Madras plague regulations in force outside the Presidency town - Volume 3
Disease focus: Plague
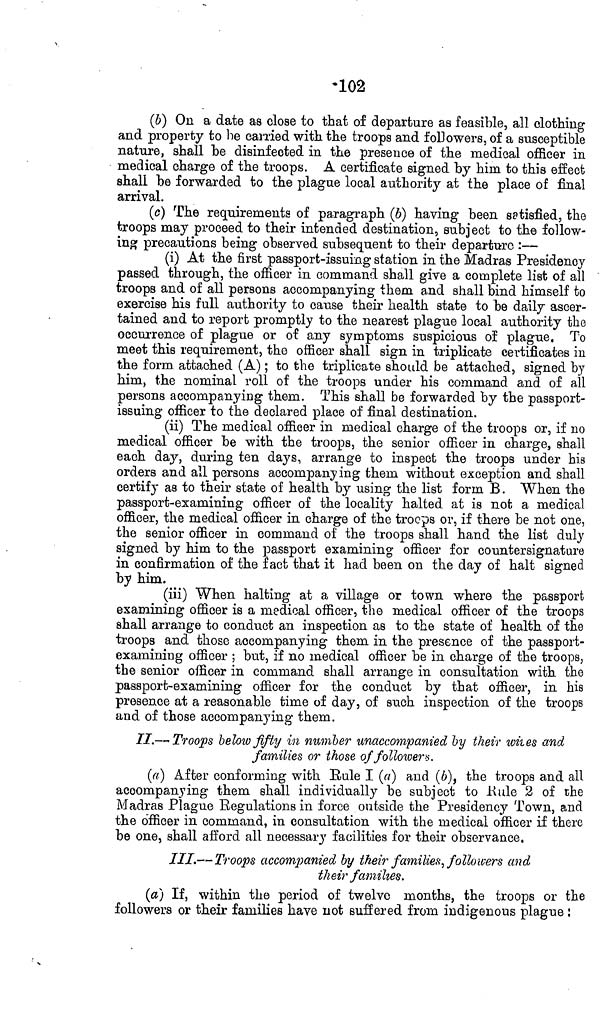
•102
(ö) On a date as close to that of departure as feasible, all clothing
and property to be carried with the troops and followers, of a susceptible
nature, shall be disinfected in the presence of the medical officer in
medical charge of the troops. A certificate signed by him to this effect
shall be forwarded to the plague local authority at the place of final
arrival.
(c) The requirements of paragraph (6) having been satisfied, the
troops may proceed to their intended destination, subject to the follow-
in» precautions being observed subsequent to their departure :—
(i) At the first passport-issuing station in the Madras Presidency
passed through, the officer in command shall give a complete list of all
troops and of all persons accompanying them and shall bind himself to
exercise his full authority to cause their health state to be daily ascer-
tained and to report promptly to the nearest plague local authority the
occurrence of plague or of any symptoms suspicious of plague. To
meet this requirement, the officer shall sign in triplicate certificates in
the form attached (A) ; to the triplicate should be attached, signed by
him, the nominal roll of the troops under his command and of all
persons accompanying them. This shall be forwarded by the passport-
issuing officer to the declared place of final destination.
(ii) The medical officer in medical charge of the troops or, if no
medical officer be with the troops, the senior officer in charge, shall
each day, during ten days, arrange to inspect the troops under his
orders and all persons accompanying them without exception and shall
certify as to their state of health by using the list form B. When the
passport-examining officer of the locality halted at is not a medical
officer, the medical officer in charge of the troops or, if there be not one,
the senior officer in command of the troops shall hand the list duly
signed by him to the passport examining officer for countersignature
in confirmation of the fact that it had been on the day of halt signed
by him.
(iii) When halting at a village or town where the passport
examining officer is a medical officer, the medical officer of the troops
shall arrange to conduct an inspection as to the state of health of the
troops and those accompanying them in the presence of the passport-
examining officer ; but, if no medical officer be in charge of the troops,
the senior officer in command shall arrange in consultation with the
passport-examining officer for the conduct by that officer, in his
presence at a reasonable time of day, of such inspection of the troops
and of those accompanying them.
//.— Troops below fifty in number unaccompanied by their wit es and
families or those of follower*.
(a) After conforming with Hule I (a} and (6), the troops and all
accompanying them shall individually be subject to K ule 2 of the
Madras Plague Regulations in force outside the Presidency Town, and
the officer in command, in consultation with the medical officer if there
be one, shall afford all necessary facilities for their observance.
///.— Troops accompanied by their families', followers and
their families.
(a) If, within the period of twelve months, the troops or the
followers or their families have not suffered from indigenous plague :